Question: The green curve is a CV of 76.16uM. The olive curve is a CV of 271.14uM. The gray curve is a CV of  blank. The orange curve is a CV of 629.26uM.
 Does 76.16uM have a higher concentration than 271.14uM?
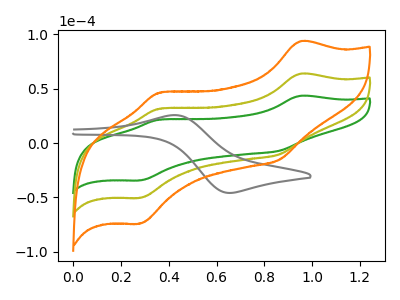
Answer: <think>The green curve "76.16uM" has anodic peaks at (0.95V, 43.45uA) (0.35V, 21.50uA) and cathodic peaks at (0.85V, -7.15uA) (0.30V, -34.45uA). The olive curve "271.14uM" has anodic peaks at (0.95V, 63.85uA) (0.35V, 31.55uA) and cathodic peaks at (0.85V, -10.50uA) (0.30V, -50.60uA). The gray curve " blank" has an anodic peak at (0.45V, 25.65uA) and a cathodic peak at (0.65V, -46.05uA). The orange curve "629.26uM" has anodic peaks at (0.95V, 127.65uA) (0.35V, 63.10uA) and cathodic peaks at (0.85V, -21.00uA) (0.30V, -101.25uA).
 All the peaks in "76.16uM" have a peak in "271.14uM" at the same potential. Every peak in "76.16uM" is lower than every peak in "271.14uM".</think>
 <answer>"76.16uM" has less signal than "271.14uM" and so likely has a lower concentration.</answer>
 <eval>less_concentration</eval>